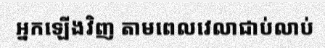
អ្នកឡើងវិញ តាមពេលវេលាជាប់លាប់